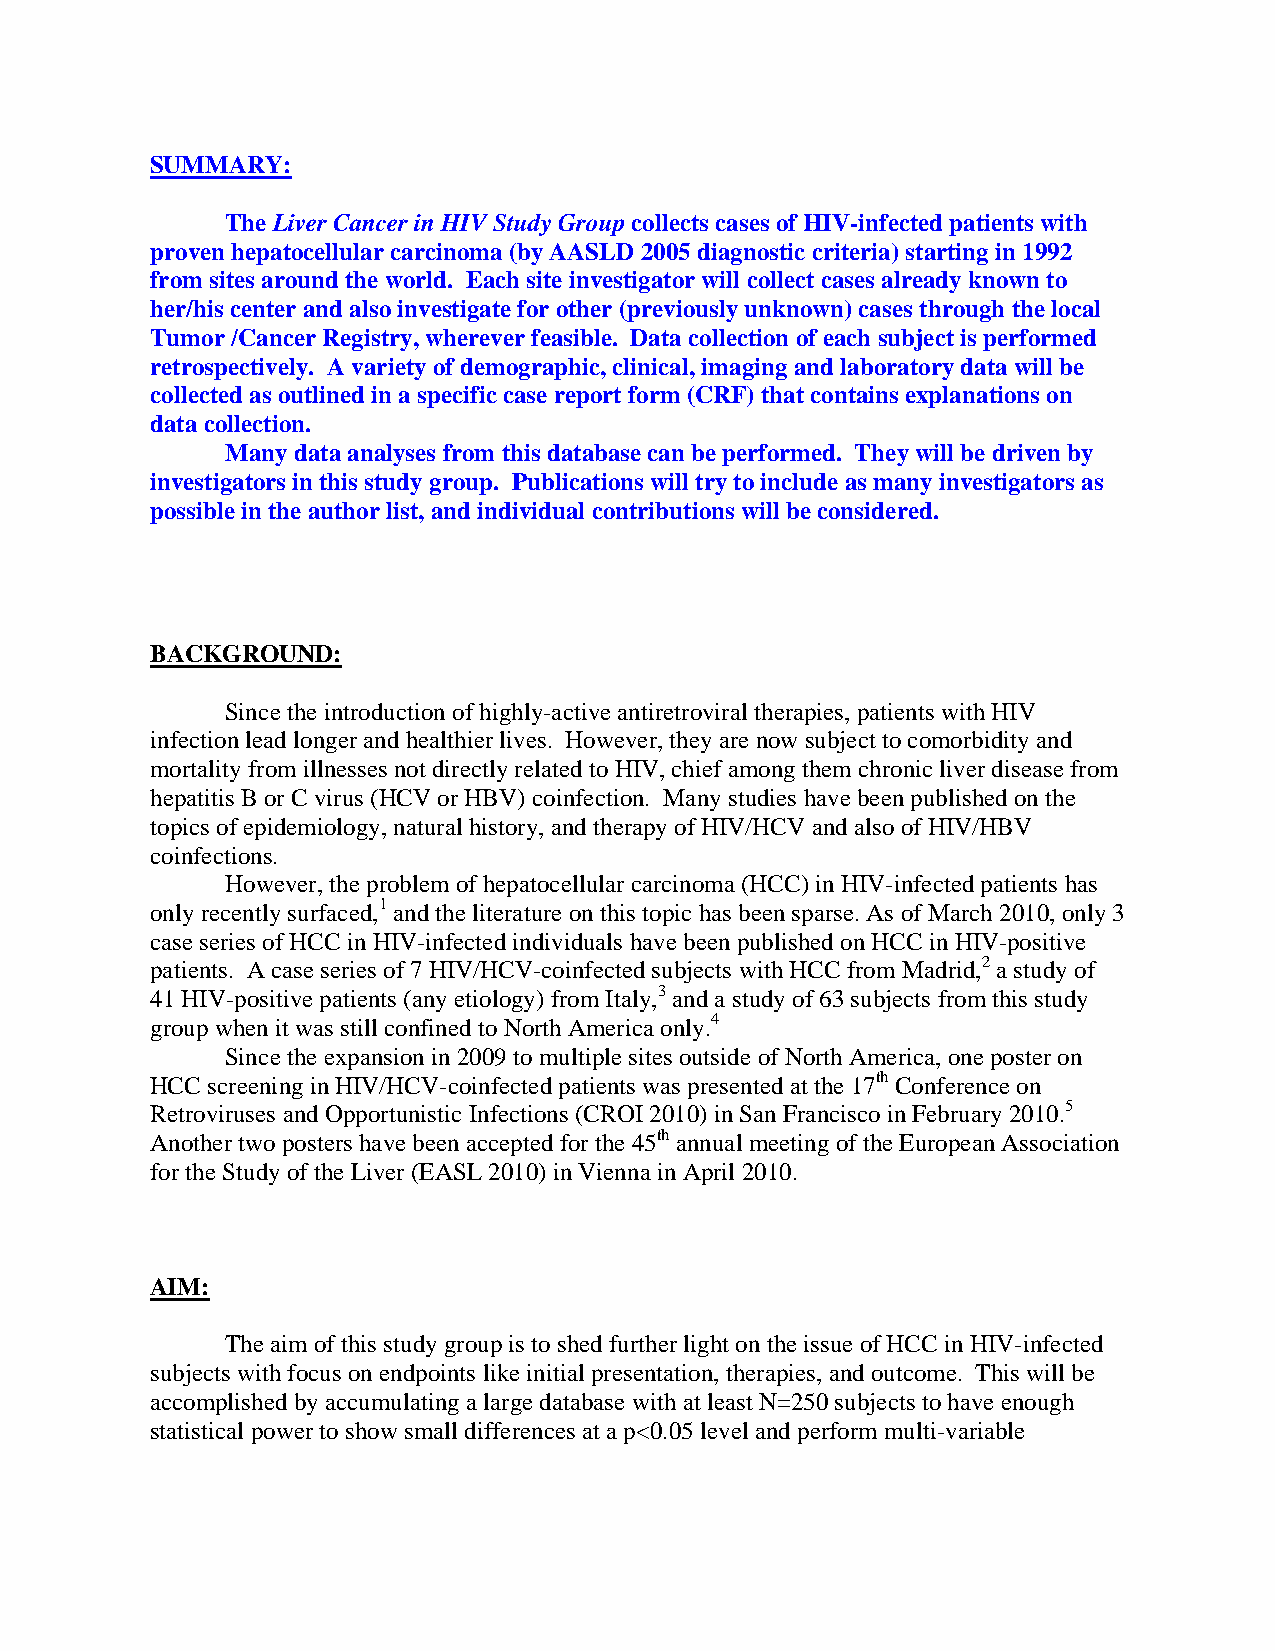
SUMMARY:
 The Liver Cancer in HIV Study Group collects cases of HIV-infected patients with
 proven hepatocellular carcinoma (by AASLD 2005 diagnostic criteria) starting in 1992
 from sites around the world. Each site investigator will collect cases already known to
 her/his center and also investigate for other (previously unknown) cases through the local
 Tumor /Cancer Registry, wherever feasible. Data collection of each subject is performed
 retrospectively. A variety of demographic, clinical, imaging and laboratory data will be
 collected as outlined in a specific case report form (CRF) that contains explanations on
 data collection.
 Many data analyses from this database can be performed. They will be driven by
 investigators in this study group. Publications will try to include as many investigators as
 possible in the author list, and individual contributions will be considered.
 BACKGROUND:
 Since the introduction of highly-active antiretroviral therapies, patients with HIV
 infection lead longer and healthier lives. However, they are now subject to comorbidity and
 mortality from illnesses not directly related to HIV, chief among them chronic liver disease from
 hepatitis B or C virus (HCV or HBV) coinfection. Many studies have been published on the
 topics of epidemiology, natural history, and therapy of HIV/HCV and also of HIV/HBV
 coinfections.
 However, the problem of hepatocellular carcinoma (HCC) in HIV-infected patients has
 only recently surfaced,1 and the literature on this topic has been sparse. As of March 2010, only 3
 case series of HCC in HIV-infected individuals have been published on HCC in HIV-positive
 patients. A case series of 7 HIV/HCV-coinfected subjects with HCC from Madrid,2 a study of
 41 HIV-positive patients (any etiology) from Italy,3 and a study of 63 subjects from this study
 group when it was still confined to North America only.4
 Since the expansion in 2009 to multiple sites outside of North America, one poster on
 HCC screening in HIV/HCV-coinfected patients was presented at the 17th Conference on
 Retroviruses and Opportunistic Infections (CROI 2010) in San Francisco in February 2010.5
 Another two posters have been accepted for the 45th annual meeting of the European Association
 for the Study of the Liver (EASL 2010) in Vienna in April 2010.
 AIM:
 The aim of this study group is to shed further light on the issue of HCC in HIV-infected
 subjects with focus on endpoints like initial presentation, therapies, and outcome. This will be
 accomplished by accumulating a large database with at least N=250 subjects to have enough
 statistical power to show small differences at a p<0.05 level and perform multi-variable